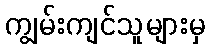
ကျွမ်းကျင်သူများမှ